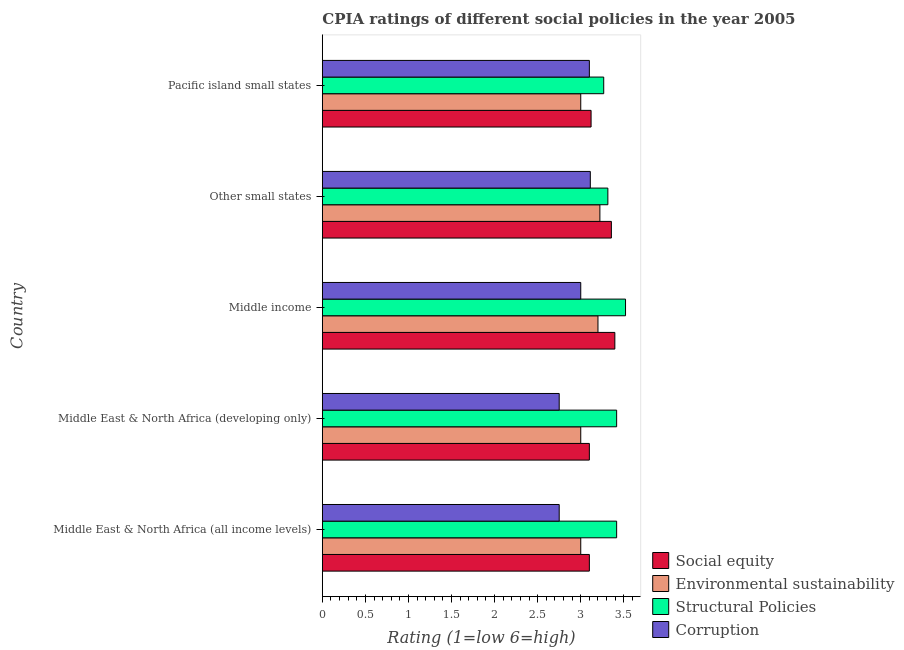
| Country | Social equity | Environmental sustainability | Structural Policies | Corruption |
 | --- | --- | --- | --- | --- |
 | Middle East & North Africa (all income levels) | 3.1 | 3 | 3.42 | 2.75 |
 | Middle East & North Africa (developing only) | 3.1 | 3 | 3.42 | 2.75 |
 | Middle income | 3.4 | 3.2 | 3.52 | 3 |
 | Other small states | 3.36 | 3.22 | 3.31 | 3.11 |
 | Pacific island small states | 3.12 | 3 | 3.27 | 3.1 |